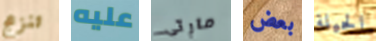
تنزعج عليه مارتى بعض الحيلة